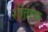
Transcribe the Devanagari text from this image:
शीताक